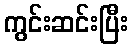
ကွင်းဆင်းပြီး